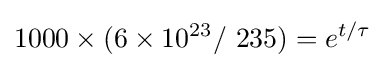
1000\times (6\times 10^{23}/\ 235)=e^{t/\tau }